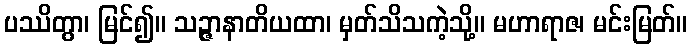
ပဿိတွာ၊ မြင်၍။ သဉ္ဇာနာတိယထာ၊ မှတ်သိသကဲ့သို့။ မဟာရာဇ၊ မင်းမြတ်။